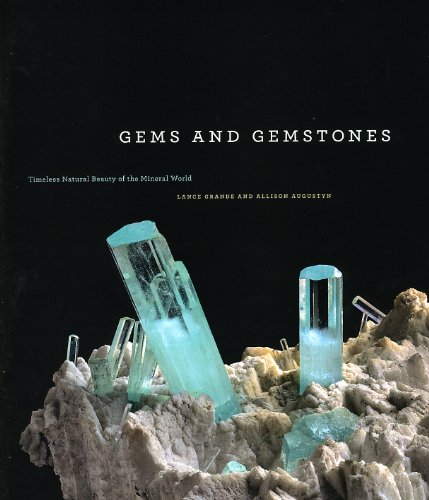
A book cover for Gems and Gemstones: Timeless Natural Beauty of the Mineral World; Lance Grande; Science & Math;